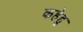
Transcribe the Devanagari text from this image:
कहेहु